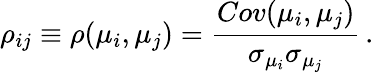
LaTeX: \rho_{ij}\equiv\rho(\mu_{i},\mu_{j})=\frac{Cov(\mu_{i},\mu_{j})}{\sigma_{\mu_{i}}\sigma_{\mu_{j}}}\, .